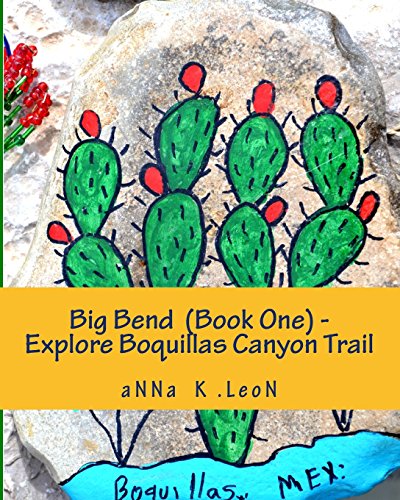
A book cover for Big Bend  (Book One) - Explore Boquillas Canyon Trail: Our gringo family honeymoon (Volume 1); aNNa K. LeoN; Crafts, Hobbies & Home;